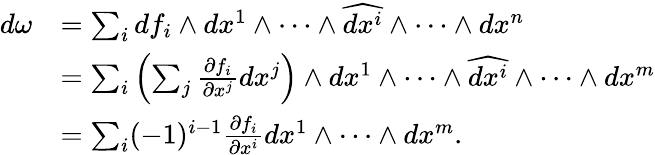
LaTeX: \begin{array}{rl}{d\omega}&{=\sum_{i}df_{i}\wedge dx^{1}\wedge\dots\wedge\widehat{dx^{i}}\wedge\dots\wedge dx^{n}}\\ &{=\sum_{i}\left(\sum_{j}\frac{\partial f_{i}}{\partial x^{j}}dx^{j}\right)\wedge dx^{1}\wedge\dots\wedge\widehat{dx^{i}}\wedge\dots\wedge dx^{m}}\\ &{=\sum_{i}(-1)^{i-1}\frac{\partial f_{i}}{\partial x^{i}}dx^{1}\wedge\dots\wedge dx^{m}.}\end{array}